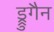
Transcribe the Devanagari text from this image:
ड्रुगैन